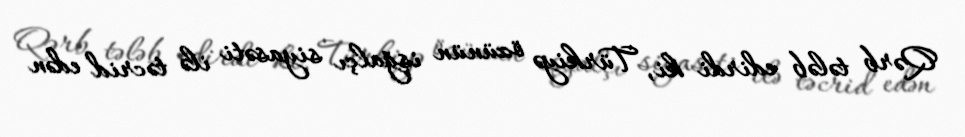
Qərb tələb edirdi ki, Türkiyə özünün işğalçı siyasəti ilə təcrid edən